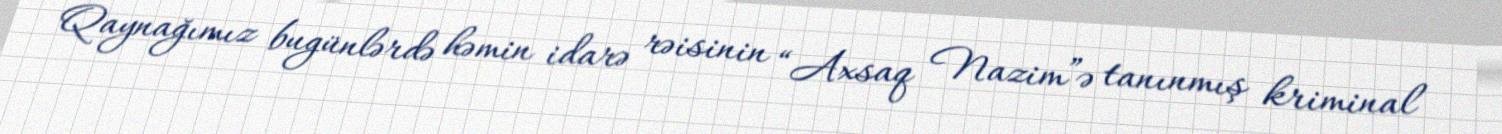
Qaynağımız bugünlərdə həmin idarə rəisinin “Axsaq Nazim”ə tanınmış kriminal